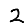
Digit: 2